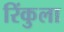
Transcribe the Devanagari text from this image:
रिंकुला